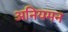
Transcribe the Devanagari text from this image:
अनियमन